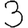
Digit: 3